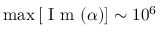
\operatorname* { m a x } \left[ \mathrm { ~ I ~ m ~ } ( \alpha ) \right] \sim 1 0 ^ { 6 }